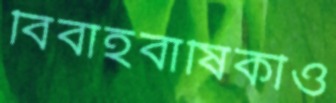
বিবাহবার্ষিকীও